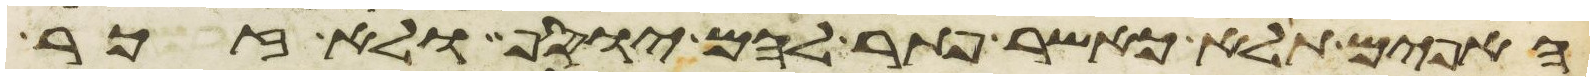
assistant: האפים תלא כאשר פתר להם יוסף ולא זכר